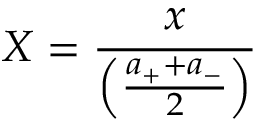
X = \frac { x } { \left( \frac { a _ { + } + a _ { - } } { 2 } \right) }